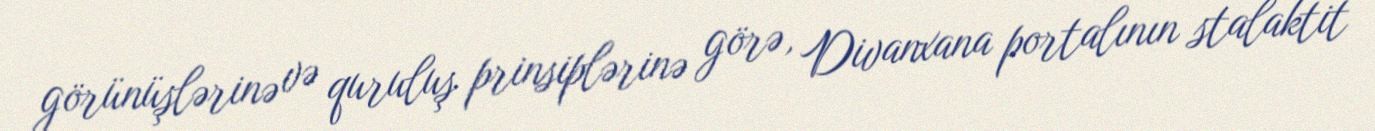
görünüşlərinə və quruluş prinsiplərinə görə, Divanxana portalının stalaktit